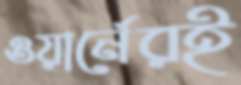
ওয়ার্নেরই